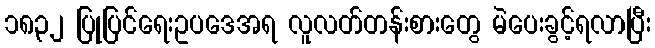
၁၈၃၂ ပြုပြင်ရေးဥပဒေအရ လူလတ်တန်းစားတွေ မဲပေးခွင့်ရလာပြီး